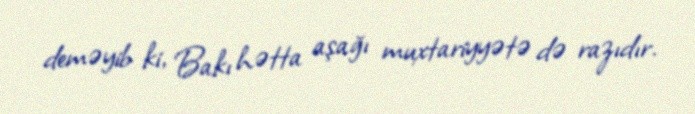
deməyib ki, Bakı hətta aşağı muxtariyyətə də razıdır.